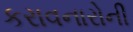
કરાવનારોની